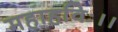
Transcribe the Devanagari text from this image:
महाहविः।।